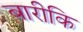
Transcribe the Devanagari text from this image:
बारीकि